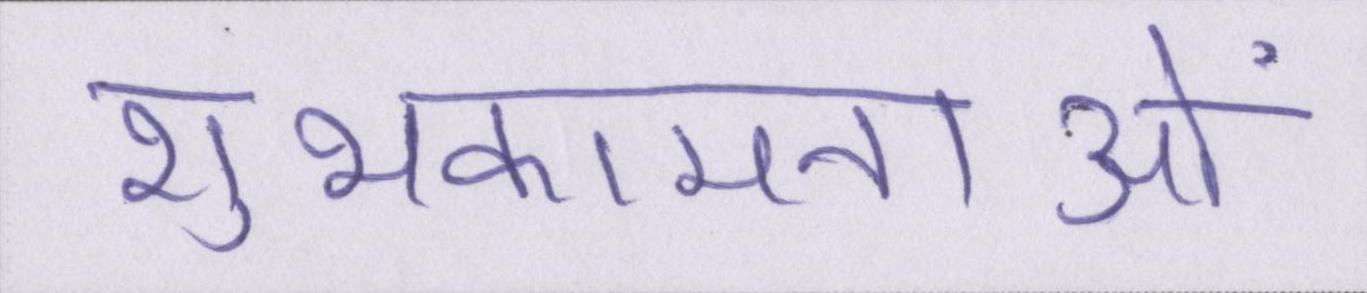
शुभकामनाओं